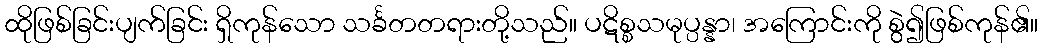
ထိုဖြစ်ခြင်းပျက်ခြင်း ရှိကုန်သော သင်္ခတတရားတို့သည်။ ပဋိစ္စသမုပ္ပန္နာ၊ အကြောင်းကို စွဲ၍ဖြစ်ကုန်၏။